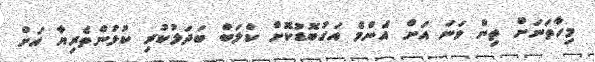
މިހާތަނަށް ތިން ވަނަ އަށް އެންމެ އަގުބޮޑުކޮށް ކްލަބް ބަދަލުކުރި ކުޅުންތެރިޔާ އަށް